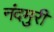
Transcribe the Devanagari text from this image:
नंदमुरी